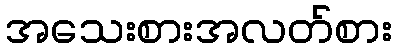
အသေးစားအလတ်စား